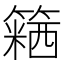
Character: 𥴅